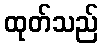
ထုတ်သည်